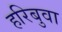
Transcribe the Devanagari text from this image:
हरिबुवा